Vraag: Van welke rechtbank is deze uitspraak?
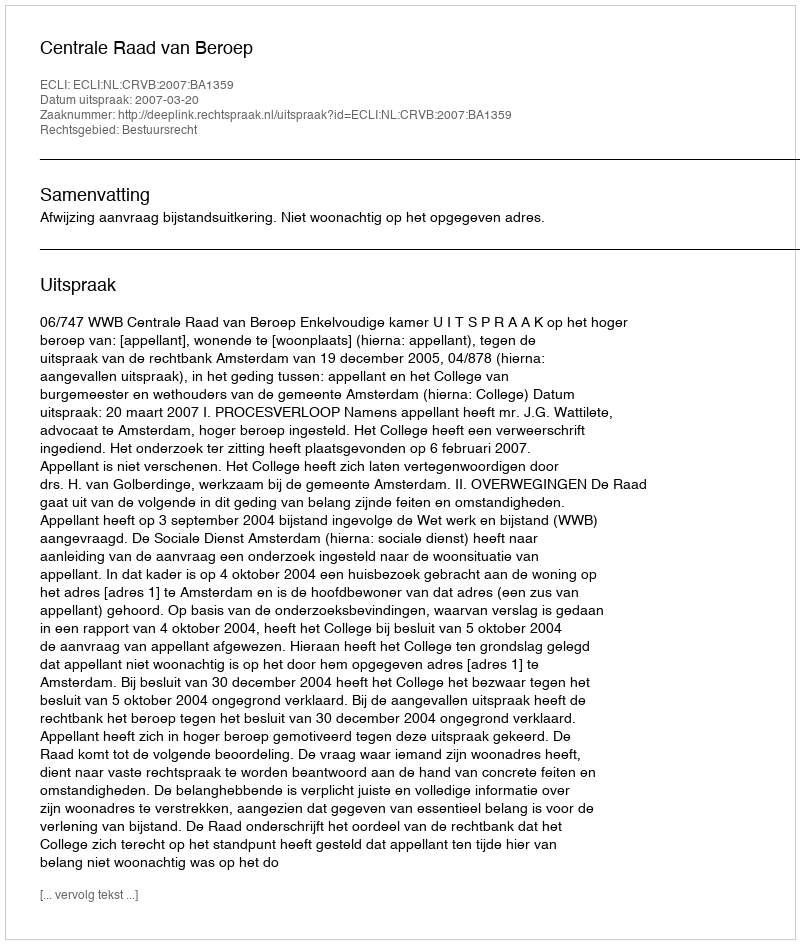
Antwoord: Centrale Raad van Beroep